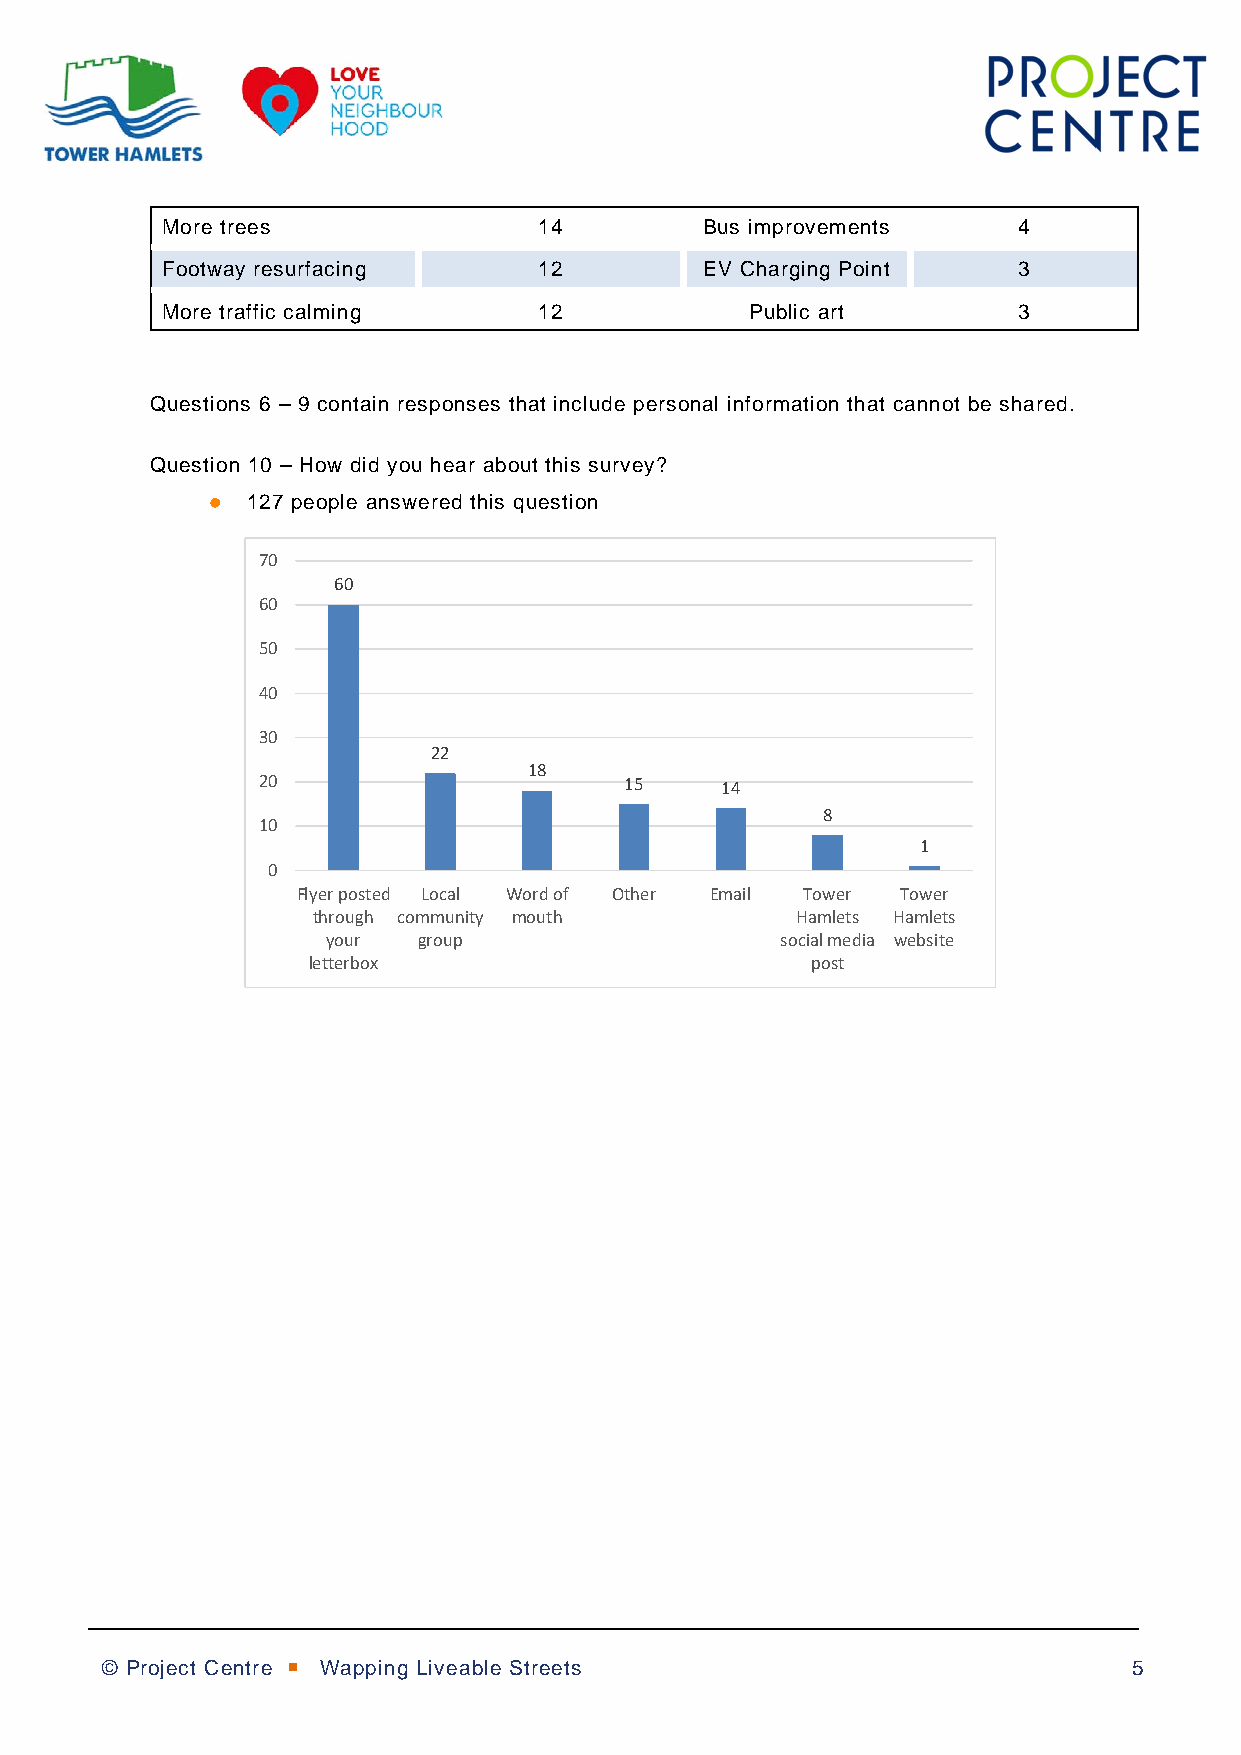
More trees               14         Bus improvements    4
 Footway resurfacing      12         EV Charging Point   3
 More traffic calming     12            Public art       3
 Questions 6 – 9 contain responses that include personal information that cannot be shared.
 Question 10 – How did you hear about this survey?
  127 people answered this question
 70
 60
 60
 50
 40
 30
 22
 18
 20                      15     14
 8
 10
 1
 0
 Flyer posted Local Word of Other Email Tower Tower
 through community mouth         Hamlets Hamlets
 your  group                   social media website
 letterbox                         post
 © Project Centre  Wapping Liveable Streets                         5